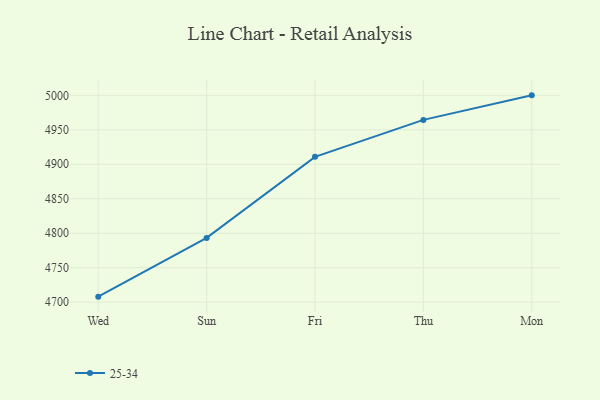
{"axis": {"x": "Day", "y": "Demand Index"}, "legend": ["25-34"], "data": [{"x": "Wed", "y": 4708.0, "type": "25-34"}, {"x": "Sun", "y": 4793.2, "type": "25-34"}, {"x": "Fri", "y": 4910.8, "type": "25-34"}, {"x": "Thu", "y": 4964.4, "type": "25-34"}, {"x": "Mon", "y": 5000, "type": "25-34"}]}